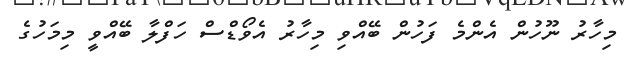
މިހާރު ނޫހުން އެންމެ ފަހުން ބޭއްވި މިހާރު އެވޯޑްސް ހަފްލާ ބޭއްވީ މިމަހުގެ